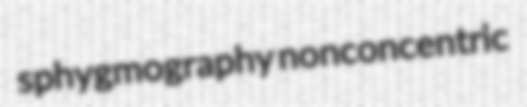
sphygmography nonconcentric